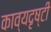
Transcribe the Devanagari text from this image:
काव्यदृष्टी